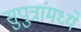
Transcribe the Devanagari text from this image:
सुपुत्रांमध्ये